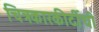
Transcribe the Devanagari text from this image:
चित्रकारकीर्दीची